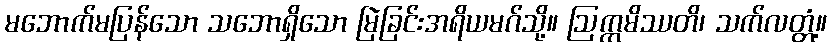
မဘောက်မပြန်သော သဘောရှိသော မြဲခြင်းအရိယမဂ်သို့။ ဩက္ကမိဿတိ၊ သက်လတ္တံ့။